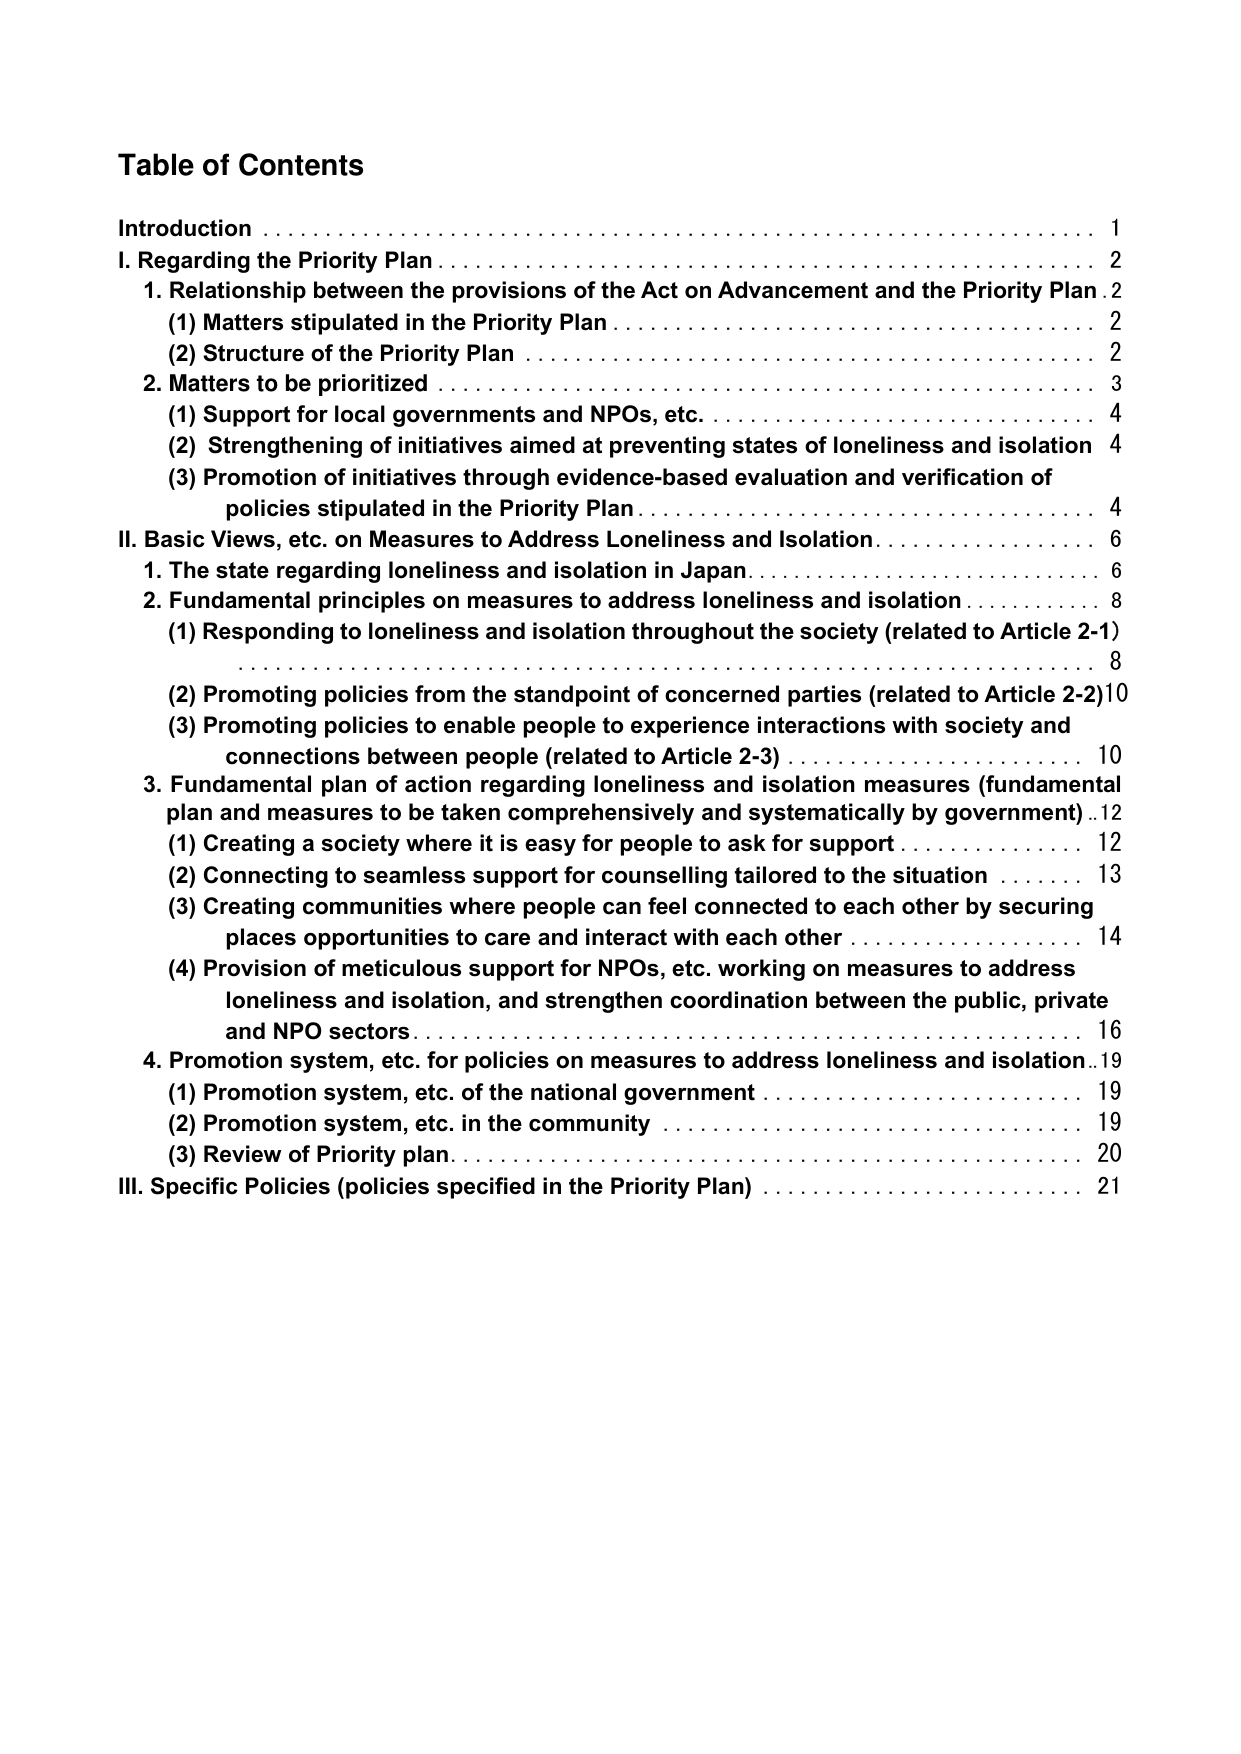
Table of Contents

Introduction 1
I. Regarding the Priority Plan 2
1. Relationship between the provisions of the Act on Advancement and the Priority Plan 2
(1) Matters stipulated in the Priority Plan 2
(2) Structure of the Priority Plan 2
2. Matters to be prioritized 3
(1) Support for local governments and NPOs, etc. 4
(2) Strengthening of initiatives aimed at preventing states of loneliness and isolation 4
(3) Promotion of initiatives through evidence-based evaluation and verification of policies stipulated in the Priority Plan 4
II. Basic Views, etc. on Measures to Address Loneliness and Isolation 6
1. The state regarding loneliness and isolation in Japan 6
2. Fundamental principles on measures to address loneliness and isolation 8
(1) Responding to loneliness and isolation throughout the society (related to Article 2-1) 8
(2) Promoting policies from the standpoint of concerned parties (related to Article 2-2) 10
(3) Promoting policies to enable people to experience interactions with society and connections between people (related to Article 2-3) 10
3. Fundamental plan of action regarding loneliness and isolation measures (fundamental plan and measures to be taken comprehensively and systematically by government) 12
(1) Creating a society where it is easy for people to ask for support 12
(2) Connecting to seamless support for counselling tailored to the situation 13
(3) Creating communities where people can feel connected to each other by securing places opportunities to care and interact with each other 14
(4) Provision of meticulous support for NPOs, etc. working on measures to address loneliness and isolation, and strengthen coordination between the public, private and NPO sectors 16
4. Promotion system, etc. for policies on measures to address loneliness and isolation 19
(1) Promotion system, etc. of the national government 19
(2) Promotion system, etc. in the community 19
(3) Review of Priority plan 20
III. Specific Policies (policies specified in the Priority Plan) 21